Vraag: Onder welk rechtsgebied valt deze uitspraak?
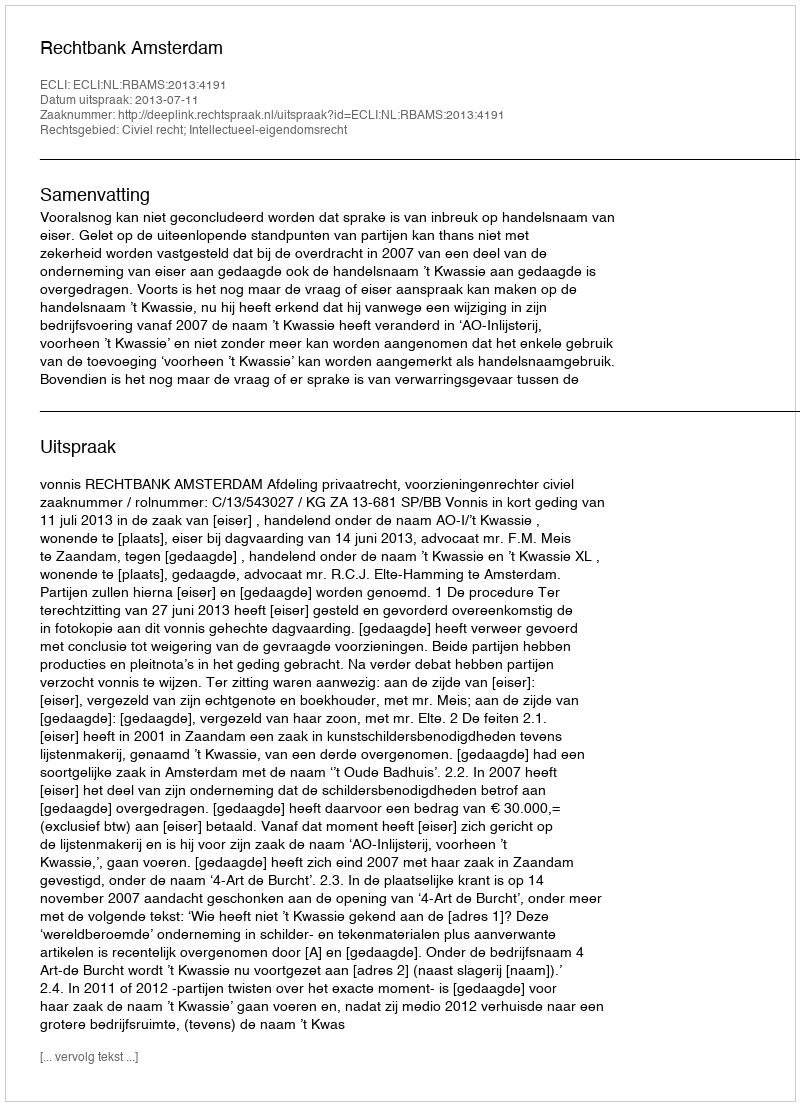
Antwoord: Civiel recht; Intellectueel-eigendomsrecht